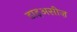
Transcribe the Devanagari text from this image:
डाइअसीज़